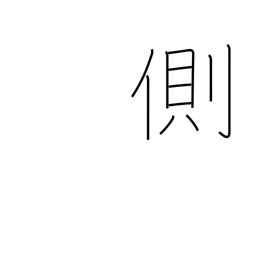
Meaning: oppose